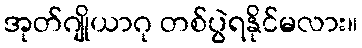
အုတ်ဂျိုယာဂု တစ်ပွဲရနိုင်မလား။